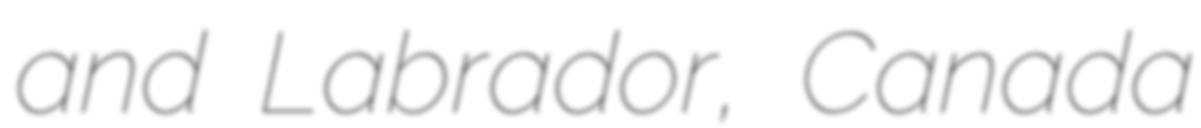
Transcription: and Labrador, Canada